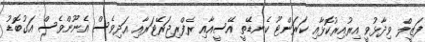
ފަޒީލް ވިދާޅުވީ އިރުއިރުކޮޅާއި ކަރަންޓޫ ކެނޑޭތީ އޭސީއާއި ރެފްރިޖަރޭޓަރާއި އަދިވެސް އެނޫންވެސް އަގުބޮޑު